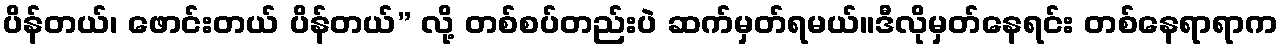
ပိန်တယ်၊ ဖောင်းတယ် ပိန်တယ်” လို့ တစ်စပ်တည်းပဲ ဆက်မှတ်ရမယ်။ဒီလိုမှတ်နေရင်း တစ်နေရာရာက